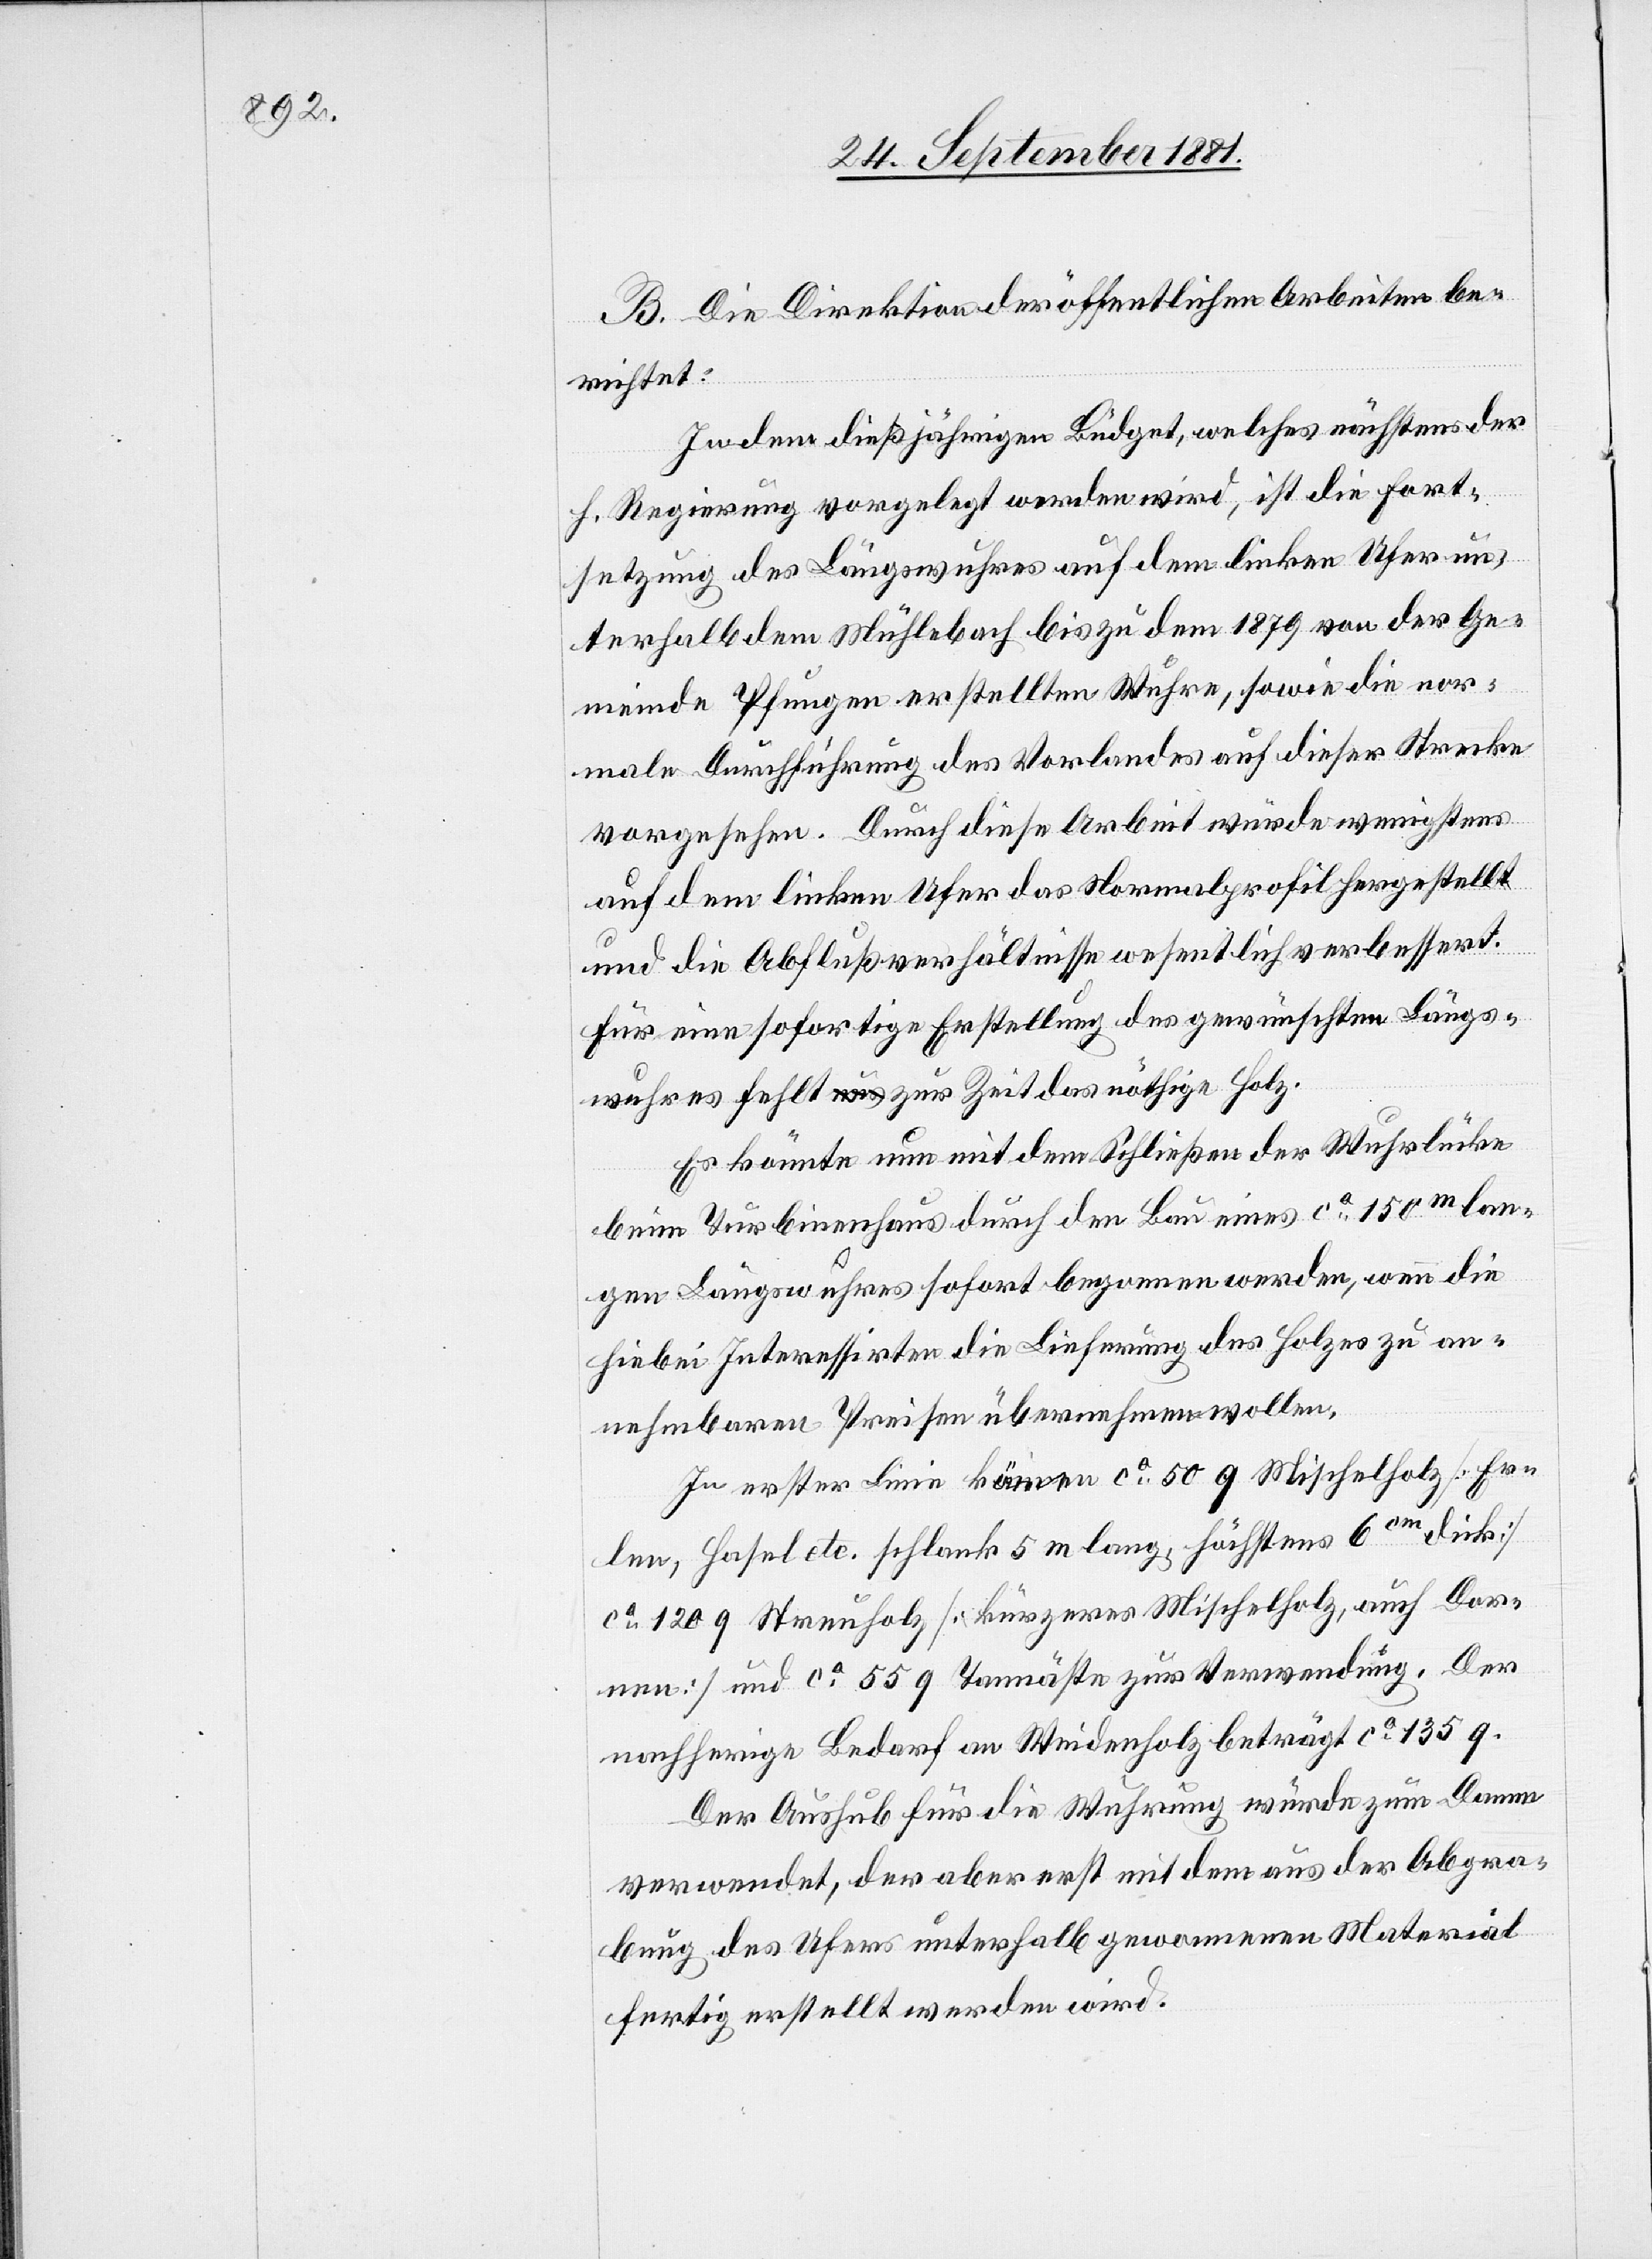
B. Die Direktion der öffentlichen Arbeiten be¬
richtet:
In dem dießjährigen Budget, welches nächstens der
h. Regierung vorgelegt werden wird, ist die Fort¬
setzung des Längswuhres auf dem linken Ufer un¬
terhalb dem Mühlebach bis zu dem 1879 von der Ge¬
meinde Pfungen erstellten Wuhre, sowie die nor¬
male Durchführung des Vorlandes auf dieser Strecke
vorgesehen. Durch diese Arbeit würde wenigstens
auf dem linken Ufer das Normalprofil hergestellt
und die Abflußverhältnisse wesentlich verbessert.
Für eine sofortige Erstellung des gewünschten Längs¬
wuhres fehlt zur Zeit das nöthige Holz.
Es könnte nun mit dem Schließen der Wuhrlücke
beim Turbinenhaus durch den Bau eines ca 150m lan¬
gen Längswuhres sofort begonnen werden, wenn die
hiebei Interessirten die Lieferung des Holzes zu an¬
nehmbaren Preisen übernehmen wollen.
In erster Linie kämen ca 50 q Mischelholz [Er¬
len, Hasel etc. schlank 5 m lang, höchstens 6cm dick]
ca 120 q Streuholz [kürzeres Mischelholz, auch Dor¬
nen] und ca 55 q Tannäste zur Verwendung. Der
nachherige Bedarf an Weidenholz beträgt ca 135 q.
Der Aushub für die Wuhrung würde zum Damm
verwendet, der aber erst mit dem aus der Abgra¬
bung des Ufers unterhalb gewonnenen Material
fertig erstellt werden wird.